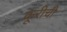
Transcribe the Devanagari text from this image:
कूरीची